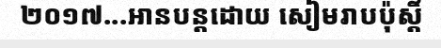
២០១៧...អានបន្តដោយ សៀមរាបប៉ុស្តិ៍